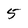
Character: 5